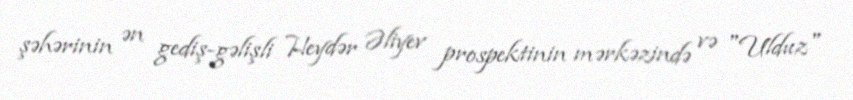
şəhərinin ən gediş-gəlişli Heydər Əliyev prospektinin mərkəzində və "Ulduz"